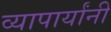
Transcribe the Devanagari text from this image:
व्यापार्यांनी